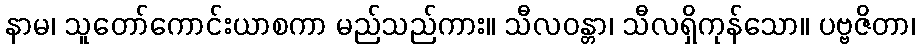
နာမ၊ သူတော်ကောင်းယာစကာ မည်သည်ကား။ သီလဝန္တာ၊ သီလရှိကုန်သော။ ပဗ္ဗဇိတာ၊